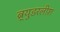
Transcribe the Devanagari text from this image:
ब्र्युडरलीश